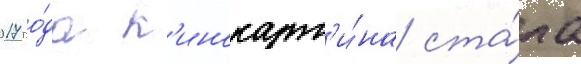
2017 го́да к'инокарт'и́на ста́ла